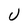
Character: U